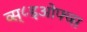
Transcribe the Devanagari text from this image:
व्स्८इओफ्व्स